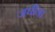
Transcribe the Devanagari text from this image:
जघीना